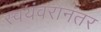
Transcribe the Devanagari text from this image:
स्वयंवरानंतर